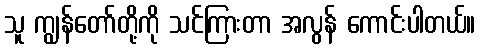
သူ ကျွန်တော်တို့ကို သင်ကြားတာ အလွန် ကောင်းပါတယ်။